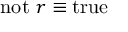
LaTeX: \mathrm { n o t } ~ r \equiv \mathrm { t r u e }